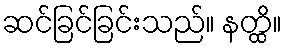
ဆင်ခြင်ခြင်းသည်။ နတ္ထိ။